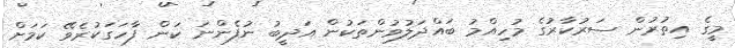
މީގެ އިތުރުން ސަރުކާރުގެ މުހިއްމު ބައްދަލުވުންތަކުން އަދީބު ނުފެންނަ ކަން ފާހަގަކުރެވޭ ކަމަށް